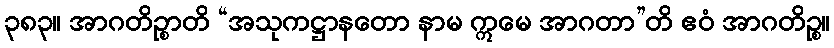
၃၈၃။ အာဂတိဉ္စာတိ “အသုကဋ္ဌာနတော နာမ ဣမေ အာဂတာ”တိ ဧဝံ အာဂတိဉ္စ။